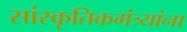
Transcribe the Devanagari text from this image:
सांस्कृतिकमंत्र्यांना